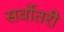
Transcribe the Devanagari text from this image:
सर्वोतरी